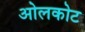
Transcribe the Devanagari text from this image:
ओलकोट